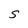
Character: S